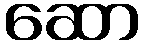
ဆော